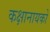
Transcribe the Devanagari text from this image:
कक्षानायकों